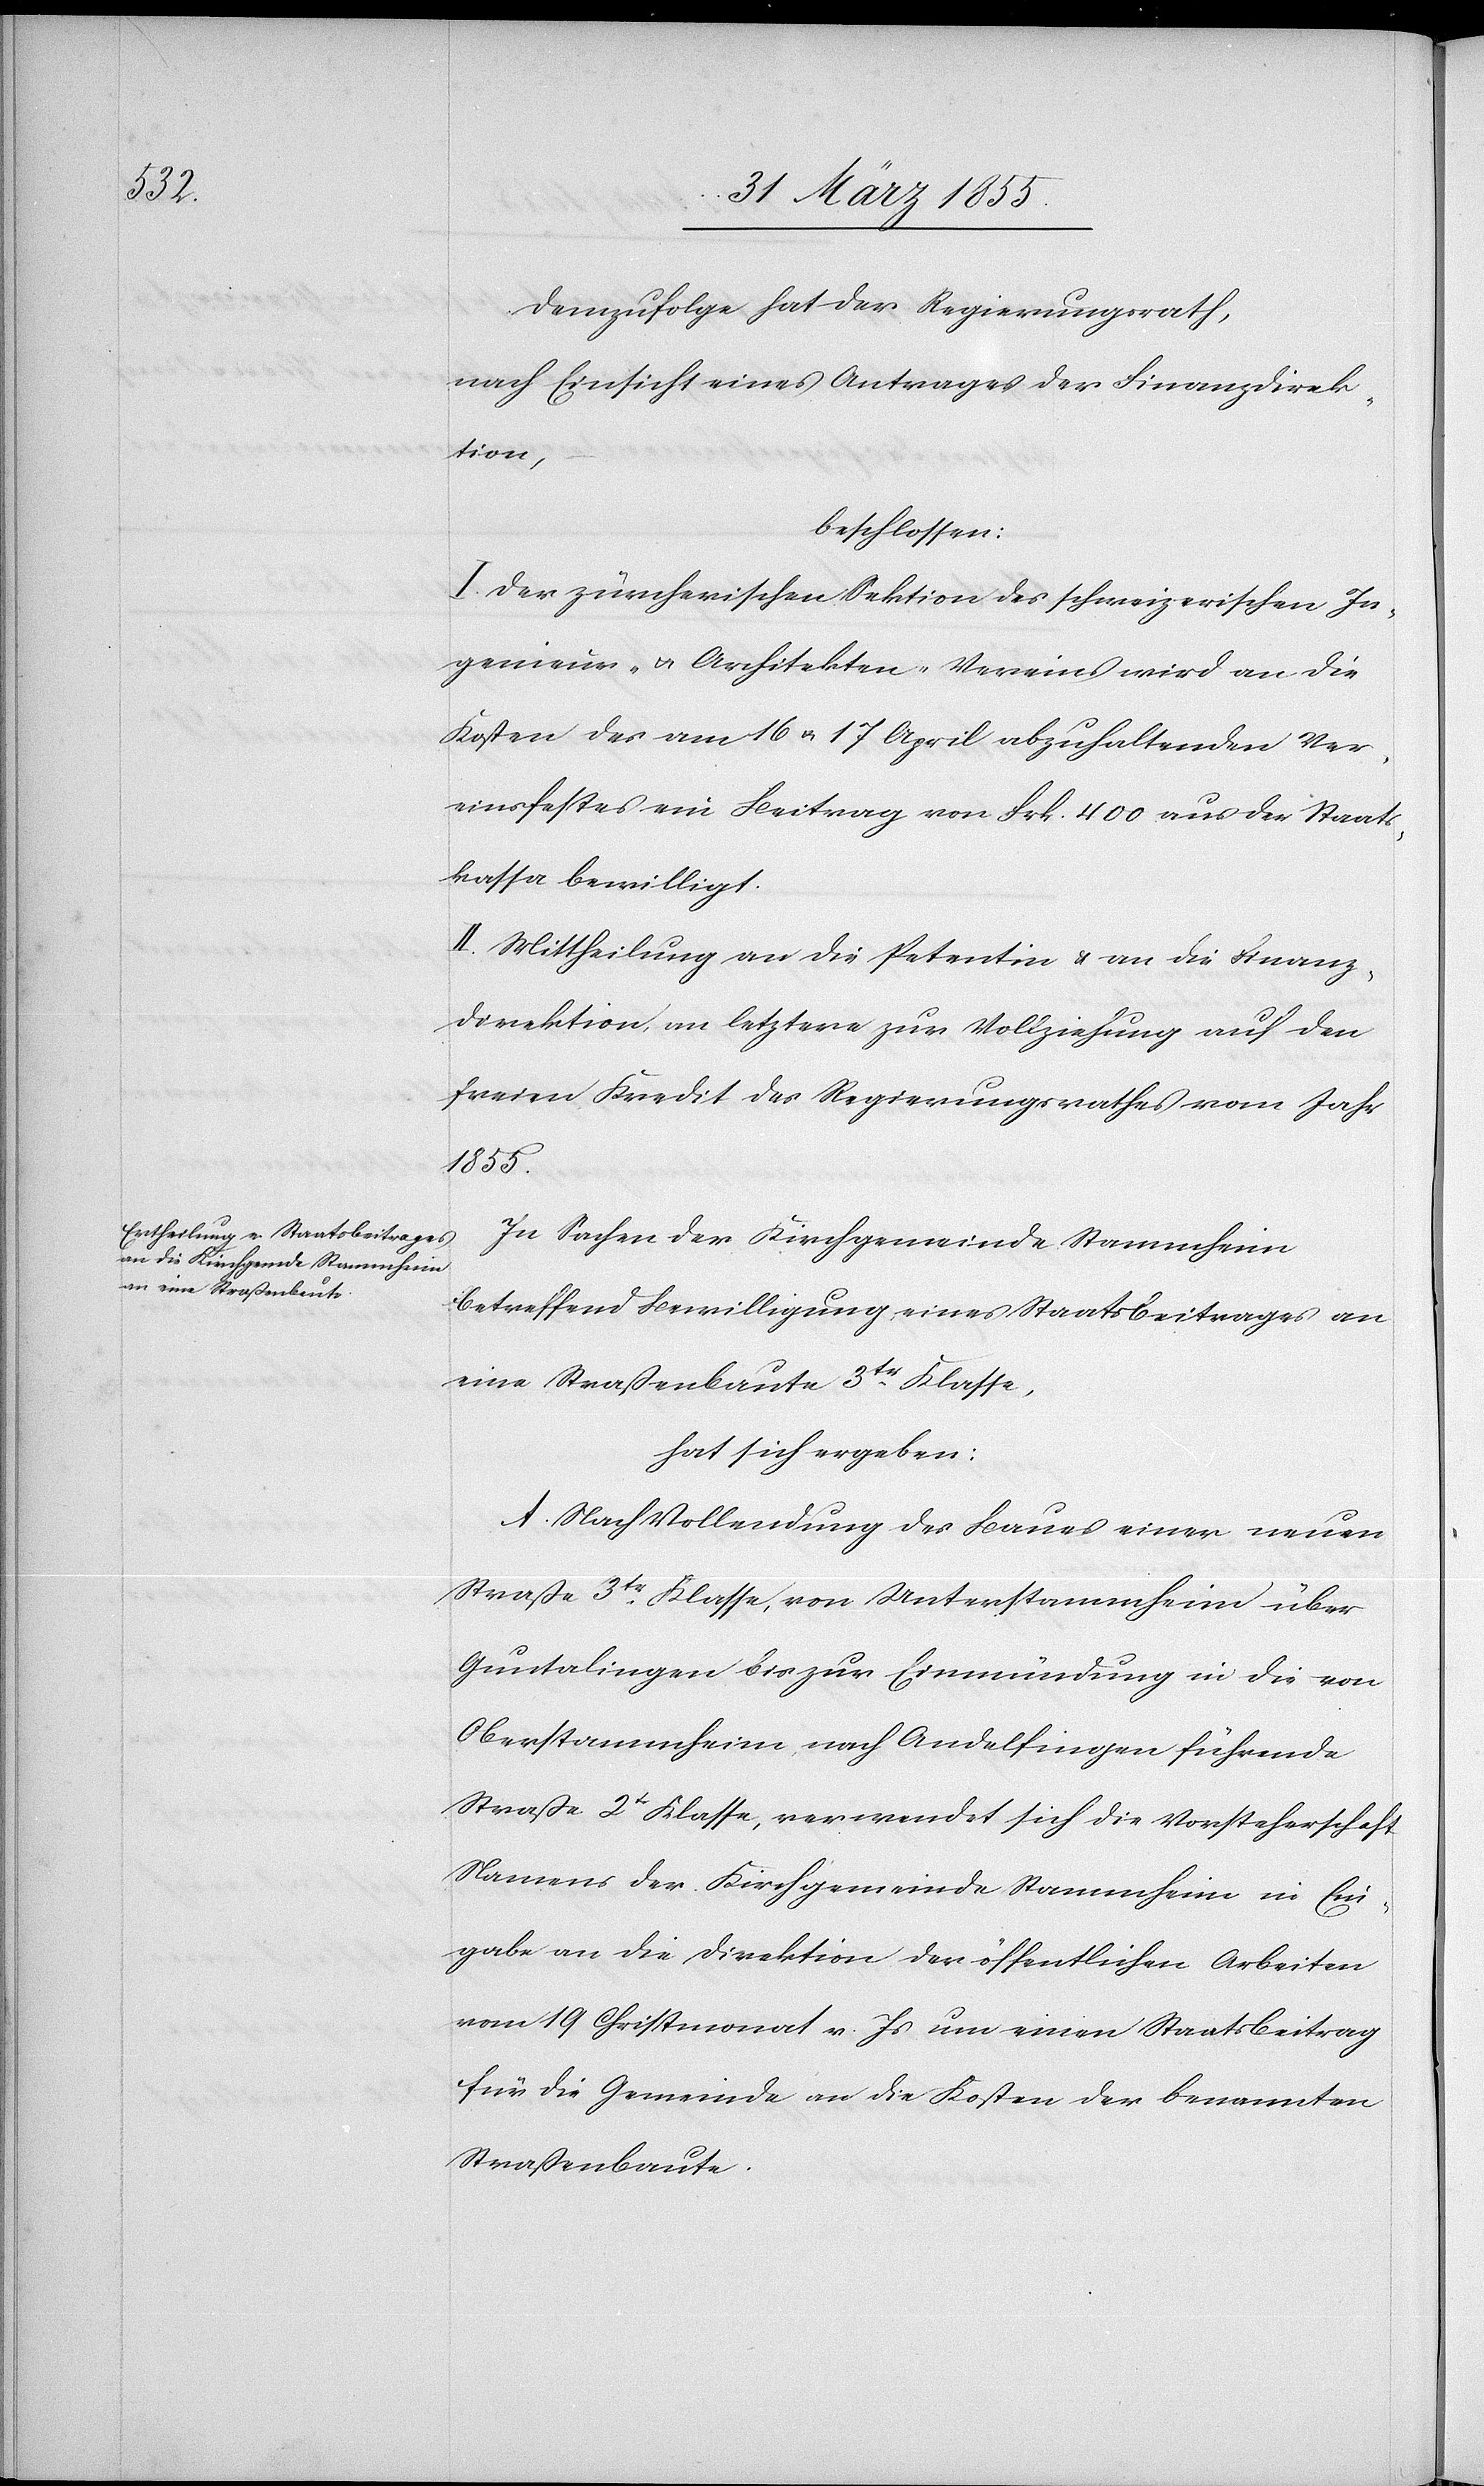
Demzufolge hat der Regierungsrath,
nach Einsicht eines Antrages der Finanzdirek¬
tion,
beschlossen:
I. Der zürcherischen Sektion des schweizerischen In¬
genieur- & Architekten-Vereins wird an die
Kosten des am 16 & 17 April abzuhaltenden Ver¬
einsfestes ein Beitrag von Frk. 400 aus der Staats¬
kassa bewilligt.
II. Mittheilung an die Petentin & an die Finanz¬
direktion, an letztere zur Vollziehung auf den
freien Kredit des Regierungsrathes vom Jahr
1855.
In Sachen der Kirchgemeinde Stammheim
betreffend Bewilligung eines Staatsbeitrages an
eine Straßenbaute 3tr. Klasse,
hat sich ergeben:
A. Nach Vollendung des Baues einer neuen
Straße 3tr. Klasse, von Unterstammheim über
Guntalingen bis zur Einmündung in die von
Oberstammheim nach Andelfingen führende
Straße 2tr Klasse, verwendet sich die Vorsteherschaft
Namens der Kirchgemeinde Stammheim in Ein¬
gabe an die Direktion der öffentlichen Arbeiten
vom 19 Christmonat v. Js um einen Staatsbeitrag
für die Gemeinde an die Kosten der benannten
Straßenbaute.